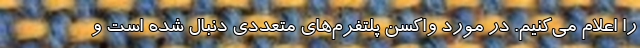
را اعلام می‌کنیم. در مورد واکسن پلتفرم‌های متعددی دنبال شده است و